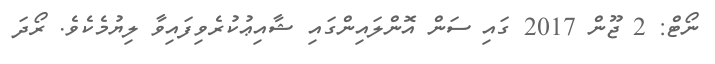
ނޯޓް: 2 ޖޫން 2017 ގައި ސަން އޮންލައިންގައި ޝާއިޢުކުރެވިފައިވާ ލިޔުމެކެވެ. ރޯދަ